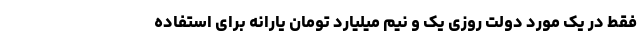
فقط در یک مورد دولت روزی یک و نیم میلیارد تومان یارانه برای استفاده